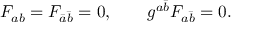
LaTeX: F _ { a b } = F _ { \bar { a } \bar { b } } = 0 , \qquad g ^ { a \bar { b } } F _ { a \bar { b } } = 0 .